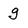
Character: g